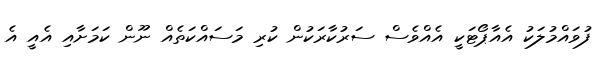
ފުވައްމުލަކު އެއާޕޯޓަކީ އެއްވެސް ސަރުކާރަކުން ކުރި މަސައްކަތެއް ނޫން ކަމަށާއި އެއީ އެ